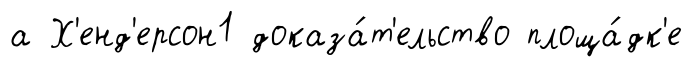
а Х'енд'ерсон1 доказа́т'ельство площа́дк'е